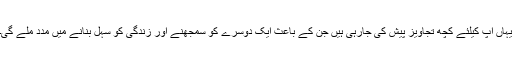
یہاں آپ کیلئے کچھ تجاویز پیش کی جارہی ہیں جن کے باعث ایک دوسرے کو سمجھنے اور زندگی کو سہل بنانے میں مدد ملے گی۔